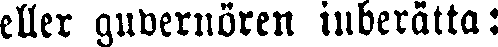
eller guvernören inberätta: